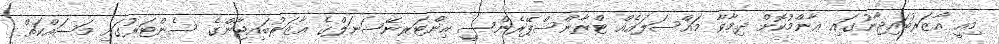
މިއީ އާޒަރުބައިޖާނުގައި ޢާންމުކޮށް ދިމާވާ މައްސަލައެއް ޓްރާންސްޕޭރެންސީ އިންޓަރނޭޝަނަލްގެ އާޒަރުބައިޖާންގެ ސެންޓަރުގައި މަސައްކަތް